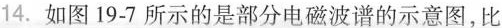
14.如图19-7所示的是部分电磁波谱的示意图，比